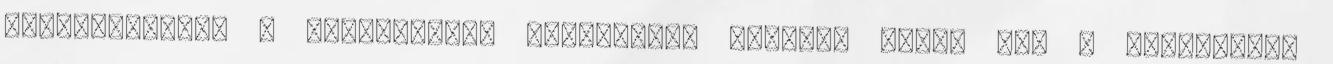
hozzáférhető. A Szolgáltató papíralapú számlát állít ki. A papíralapú